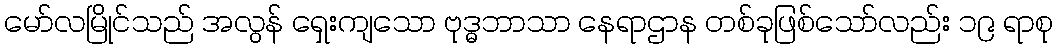
မော်လမြိုင်သည် အလွန် ရှေးကျသော ဗုဒ္ဓဘာသာ နေရာဌာန တစ်ခုဖြစ်သော်လည်း ၁၉ ရာစု